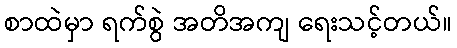
စာထဲမှာ ရက်စွဲ အတိအကျ ရေးသင့်တယ်။